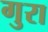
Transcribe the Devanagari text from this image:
गुरा